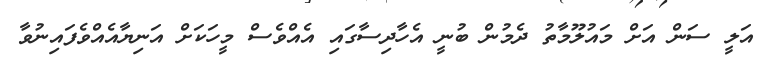
އަލީ ސަން އަށް މައުލޫމާތު ދެމުން ބުނީ އެހާދިސާގައި އެއްވެސް މީހަކަށް އަނިޔާއެއްވެފައިނުވާ